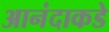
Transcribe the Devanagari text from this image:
आनंदाकडे